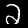
Label: 2